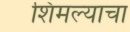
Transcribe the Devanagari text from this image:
शिमल्याचा